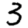
Digit: 3